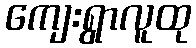
ကျေးရွာလူထု